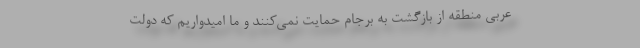
عربی منطقه از بازگشت به برجام حمایت نمی‌كنند و ما امیدواریم كه دولت